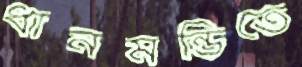
ধানমন্ডিতে